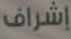
إشراف